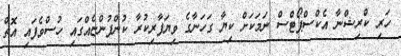
ހަރި ކްރިޝްނާ އެކްސްޕޯޓްސް ނަމަކަށް ކިޔާ ގަހަނާގެ ވިޔަފާރިކުރާ ކުންފުންޏެއްގައި ހުސްވެފައި އޮތް